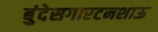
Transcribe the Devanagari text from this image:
बुंदेसगारटनशाऊ